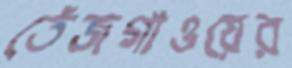
তেঁজগাওয়ের